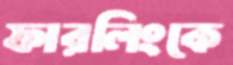
ফারলিংকে